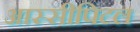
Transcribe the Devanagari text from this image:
आस्सीपिटल